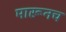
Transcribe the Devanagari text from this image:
मारूनच